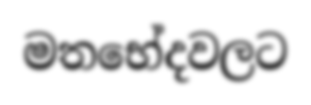
මතභේදවලට